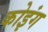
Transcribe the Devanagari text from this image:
कोइंग